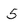
Character: 5